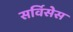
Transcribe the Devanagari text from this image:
सर्विसेस